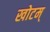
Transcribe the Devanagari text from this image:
खोटम्